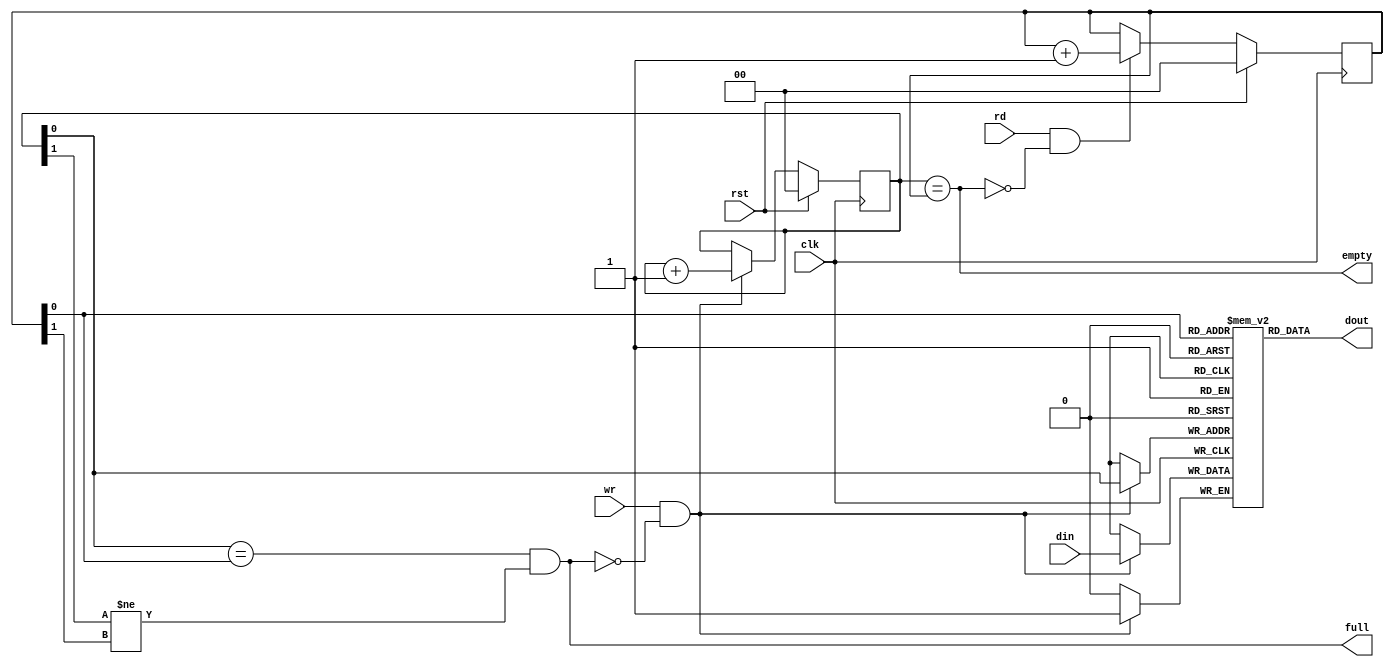
module fifo_sync #(
    parameter AW = 1,
	parameter DW = 1,
	parameter MODE = "SHOWAHEAD"   //"NORMAL"
)(
    input           wr,
    input           rd,
    input [DW-1:0]  din,

    output          full,
    output          empty,
    output [DW-1:0] dout,

    input clk,
    input rst
);

    reg [DW-1:0] mem [(1<<AW)-1:0];
	reg [AW:0] wp;
	reg [AW:0] rp;

    always@( posedge clk ) begin
		if (rst) 
			wp <= 0;
		else if (wr & !full) 
			wp <= wp + 1;
	end

	always@( posedge clk ) begin
		if (wr & !full) 
			mem[wp[AW-1:0]] <= din;
	end

    always@( posedge clk ) begin
		if (rst) 
			rp <= 0;
		else if (rd & !empty) 
			rp <= rp + 1;
	end

    assign full = wp[AW-1:0] == rp[AW-1:0] & wp[AW] != rp[AW];
    assign empty = wp == rp;

generate
	if (MODE == "SHOWAHEAD") begin: show_ahead_mode

		assign dout = mem[rp[AW-1:0]];

	end else if (MODE == "NORMAL") begin: normal_mode

		reg [DW-1:0] dout_r;
		always@( posedge clk ) begin
			if (rd & !empty)begin
				dout_r <= mem[rp[AW-1:0]];
			end
		end 

		assign dout = dout_r;

	end else begin

		always@( posedge clk )
			$display("FIFO_SYNC MODE ERROR");

	end
endgenerate



endmodule